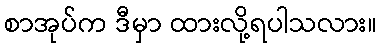
စာအုပ်က ဒီမှာ ထားလို့ရပါသလား။